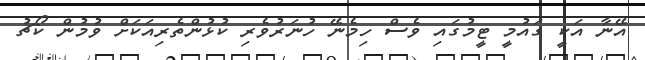
އޭނާ އަކީ ގައުމީ ޓީމުގައި ވެސް ހިމެނޭ ހުނަރުވެރި ކުޅުންތެރިއަކަށް ވުމުން ކޯޗު